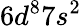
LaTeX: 6d^{8}7s^{2}